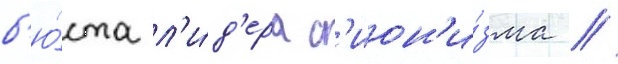
б'ю́ста л'и́д'ера с'ион'и́зма //